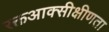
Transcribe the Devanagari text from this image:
रक्तआक्सीक्षीणता